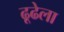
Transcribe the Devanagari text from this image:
ढूढेला